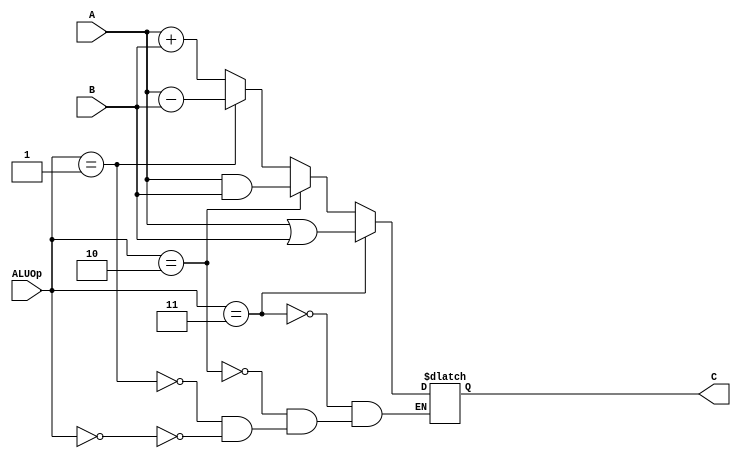
`timescale 1ns / 1ps
//////////////////////////////////////////////////////////////////////////////////
// Company: 
// Engineer: 
// 
// Design Name: 
// Module Name:    alu 
// Project Name: 
// Target Devices: 
// Tool versions: 
// Description: 
//
// Dependencies: 
//
// Revision: 
// Revision 0.01 - File Created
// Additional Comments: 
//
//////////////////////////////////////////////////////////////////////////////////
module alu(
    input [3:0] A,
    input [3:0] B,
    input [1:0] ALUOp,
    output reg [3:0] C
    );
	 always @* begin
	 if (ALUOp==2'b00)
		C=A+B;
	 if (ALUOp==2'b01)
		C=A-B;
	 if (ALUOp==2'b10)
		C=(A&B);
	 if (ALUOp==2'b11)
		C=(A|B);
	 end

endmodule